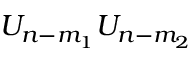
U _ { n - m _ { 1 } } U _ { n - m _ { 2 } }